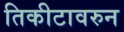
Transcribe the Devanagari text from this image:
तिकीटावरुन